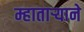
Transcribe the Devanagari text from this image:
म्हातार्‍याने